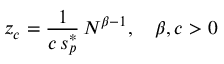
z _ { c } = \frac { 1 } { c \, s _ { p } ^ { * } } \, N ^ { \beta - 1 } , \quad \beta , c > 0